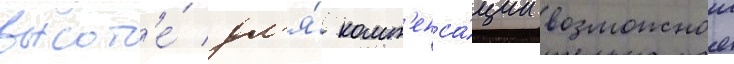
высот'е́ дл'я́ комп'енса́ции возможнои